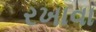
રખાવા